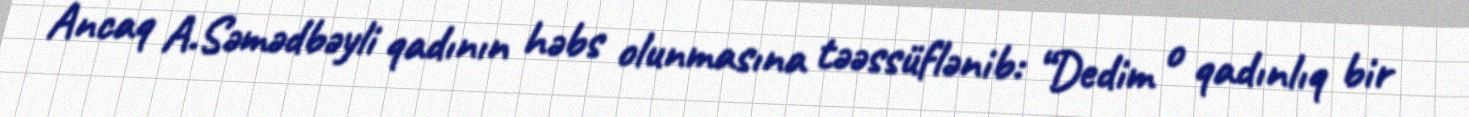
Ancaq A.Səmədbəyli qadının həbs olunmasına təəssüflənib: “Dedim o qadınlıq bir